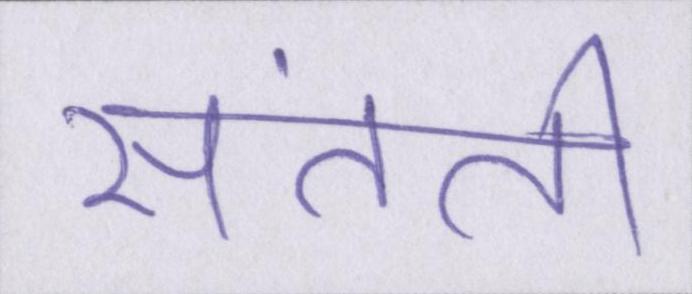
संतति